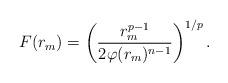
LaTeX: \begin{align*}F(r_m)=\biggl(\frac{r_m^{p-1}}{2\varphi (r_m)^{n-1}}\biggr)^{1/p}\,.\end{align*}